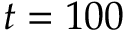
t = 1 0 0